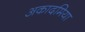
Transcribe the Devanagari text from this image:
अकादमिया